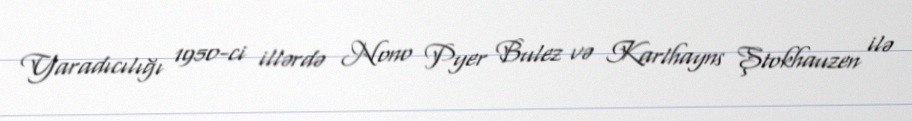
Yaradıcılığı 1950-ci illərdə Nono Pyer Bulez və Karlhayns Ştokhauzen ilə